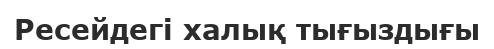
Ресейдегі халық тығыздығы